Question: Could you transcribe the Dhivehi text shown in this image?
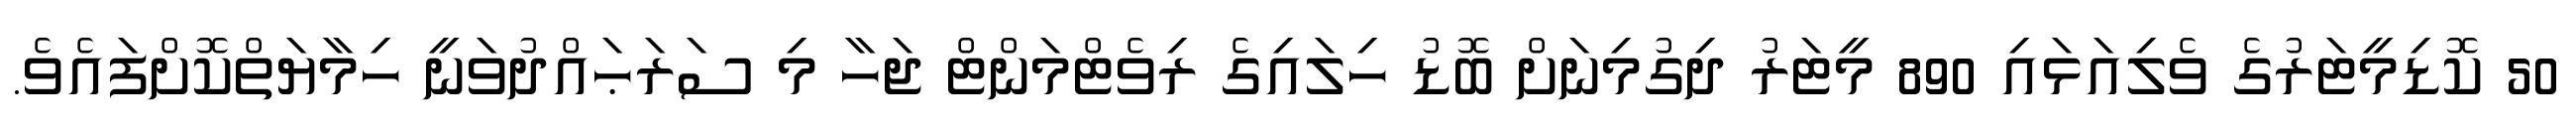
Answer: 50 ކޮޑިމީޓަރުގެ ވެލިއަޅައި 890 މީޓަރު ދިގުމިނަށް ބޮޑު ހިލައިގެ ރިވެޓްމަންޓް ޖަހާ މި ސަރަޙައްދުވަނީ ހިމާޔަތްކޮށްފައެވެ.